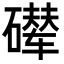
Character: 𪿵